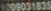
1009031835